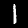
Digit: 1